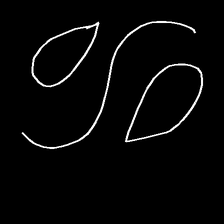
Glyph: water